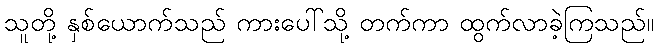
သူတို့ နှစ်ယောက်သည် ကားပေါ်သို့ တက်ကာ ထွက်လာခဲ့ကြသည်။